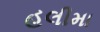
હલીમા